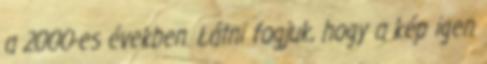
a 2000-es években. Látni fogjuk, hogy a kép igen